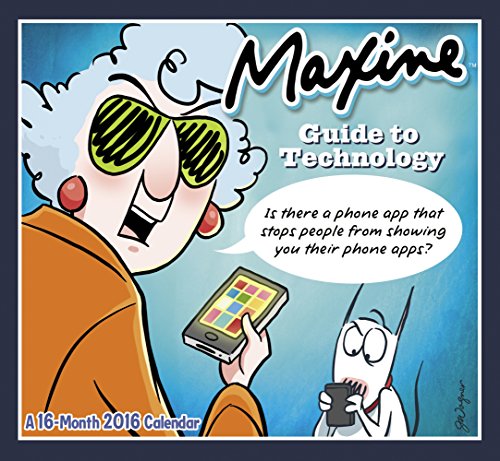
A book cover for MAXINE Mini Wall Calendar (2016); Day Dream; Calendars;